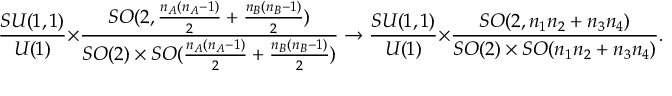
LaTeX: \frac { S U ( 1 , 1 ) } { U ( 1 ) } \times \frac { S O ( 2 , \frac { n _ { A } ( n _ { A } - 1 ) } { 2 } + \frac { n _ { B } ( n _ { B } - 1 ) } { 2 } ) } { S O ( 2 ) \times S O ( \frac { n _ { A } ( n _ { A } - 1 ) } { 2 } + \frac { n _ { B } ( n _ { B } - 1 ) } { 2 } ) } \to \frac { S U ( 1 , 1 ) } { U ( 1 ) } \times \frac { S O ( 2 , n _ { 1 } n _ { 2 } + n _ { 3 } n _ { 4 } ) } { S O ( 2 ) \times S O ( n _ { 1 } n _ { 2 } + n _ { 3 } n _ { 4 } ) } .